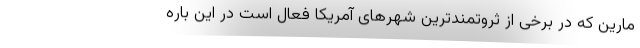
مارین که در برخی از ثروتمندترین شهرهای آمریکا فعال است در این باره